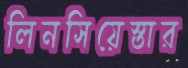
লিনসিয়েস্তার